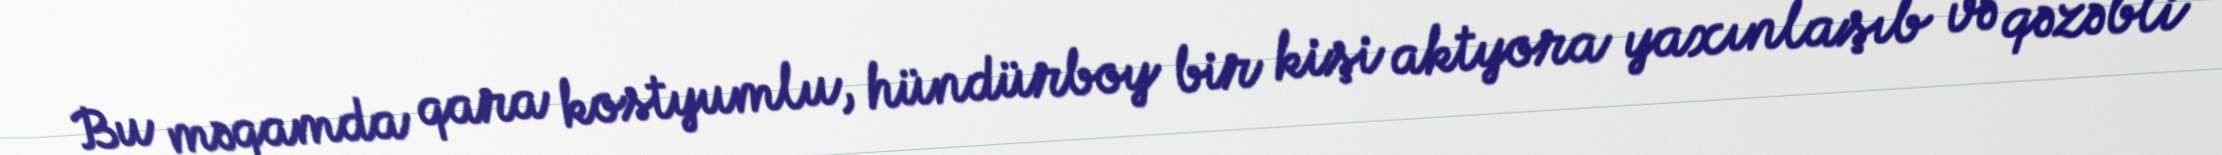
Bu məqamda qara kostyumlu, hündürboy bir kişi aktyora yaxınlaşıb və qəzəbli